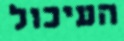
העיכול